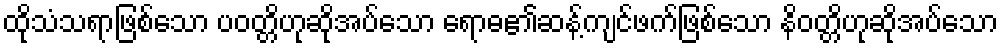
ထိုသံသရာဖြစ်သော ပဝတ္တိဟုဆိုအပ်သော ရောဓ၏ဆန့်ကျင်ဖက်ဖြစ်သော နိဝတ္တိဟုဆိုအပ်သော